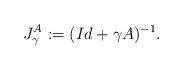
LaTeX: \begin{align*}J^A_\gamma :=(Id+\gamma A)^{-1}.\end{align*}